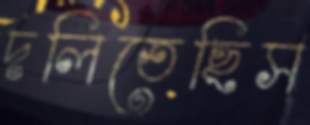
দলিতেছিস